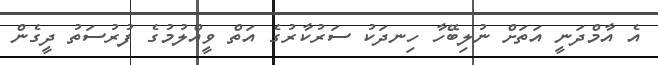
އެ އާމްދަނީ އަތަށް ނުލިބޭހާ ހިނދަކު ސަރުކާރުގެ އަތް ވީއްލުމުގެ ފުރުސަތު ދީގެން